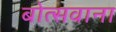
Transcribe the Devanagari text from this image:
बोत्‍सवाना